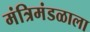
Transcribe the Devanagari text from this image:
मंत्रिमंडळाला